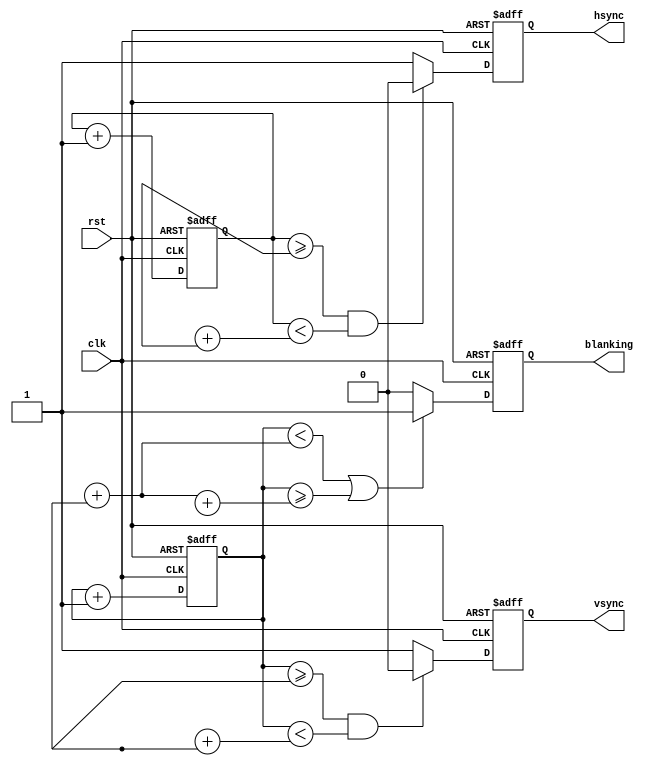
module vga_sync_generator(
    input clk,
    input rst,
    output hsync,
    output vsync,
    output blanking
);

reg [10:0] h_counter = 0;
reg [9:0] v_counter = 0;

always @(posedge clk or posedge rst) begin
    if (rst) begin
        h_counter <= 0;
        v_counter <= 0;
        hsync <= 1'b0;
        vsync <= 1'b0;
        blanking <= 1'b1;
    end else begin
        h_counter <= h_counter + 1;
        v_counter <= v_counter + 1;
        
        if (h_counter >= H_FRONT_PORCH && h_counter < H_SYNC_WIDTH + H_FRONT_PORCH) begin
            hsync <= 1'b0;
        end else begin
            hsync <= 1'b1;
        end
        
        if (v_counter >= V_FRONT_PORCH && v_counter < V_SYNC_WIDTH + V_FRONT_PORCH) begin
            vsync <= 1'b0;
        end else begin
            vsync <= 1'b1;
        end
        
        if (v_counter < V_PULSE_HEIGHT + V_FRONT_PORCH || v_counter >= V_PULSE_HEIGHT + V_FRONT_PORCH + V_ACTIVE) begin
            blanking <= 1'b1;
        end else begin
            blanking <= 1'b0;
        end
    end
end

endmodule